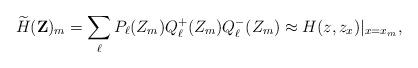
LaTeX: \begin{align*}\widetilde H(\mathbf{Z})_m=\sum_\ell P_\ell(Z_m)Q^+_\ell(Z_m)Q^-_\ell(Z_m)\approx H(z,z_x)\vert_{x=x_m},\end{align*}